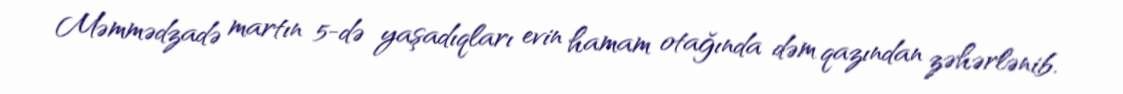
Məmmədzadə martın 5-də yaşadıqları evin hamam otağında dəm qazından zəhərlənib.